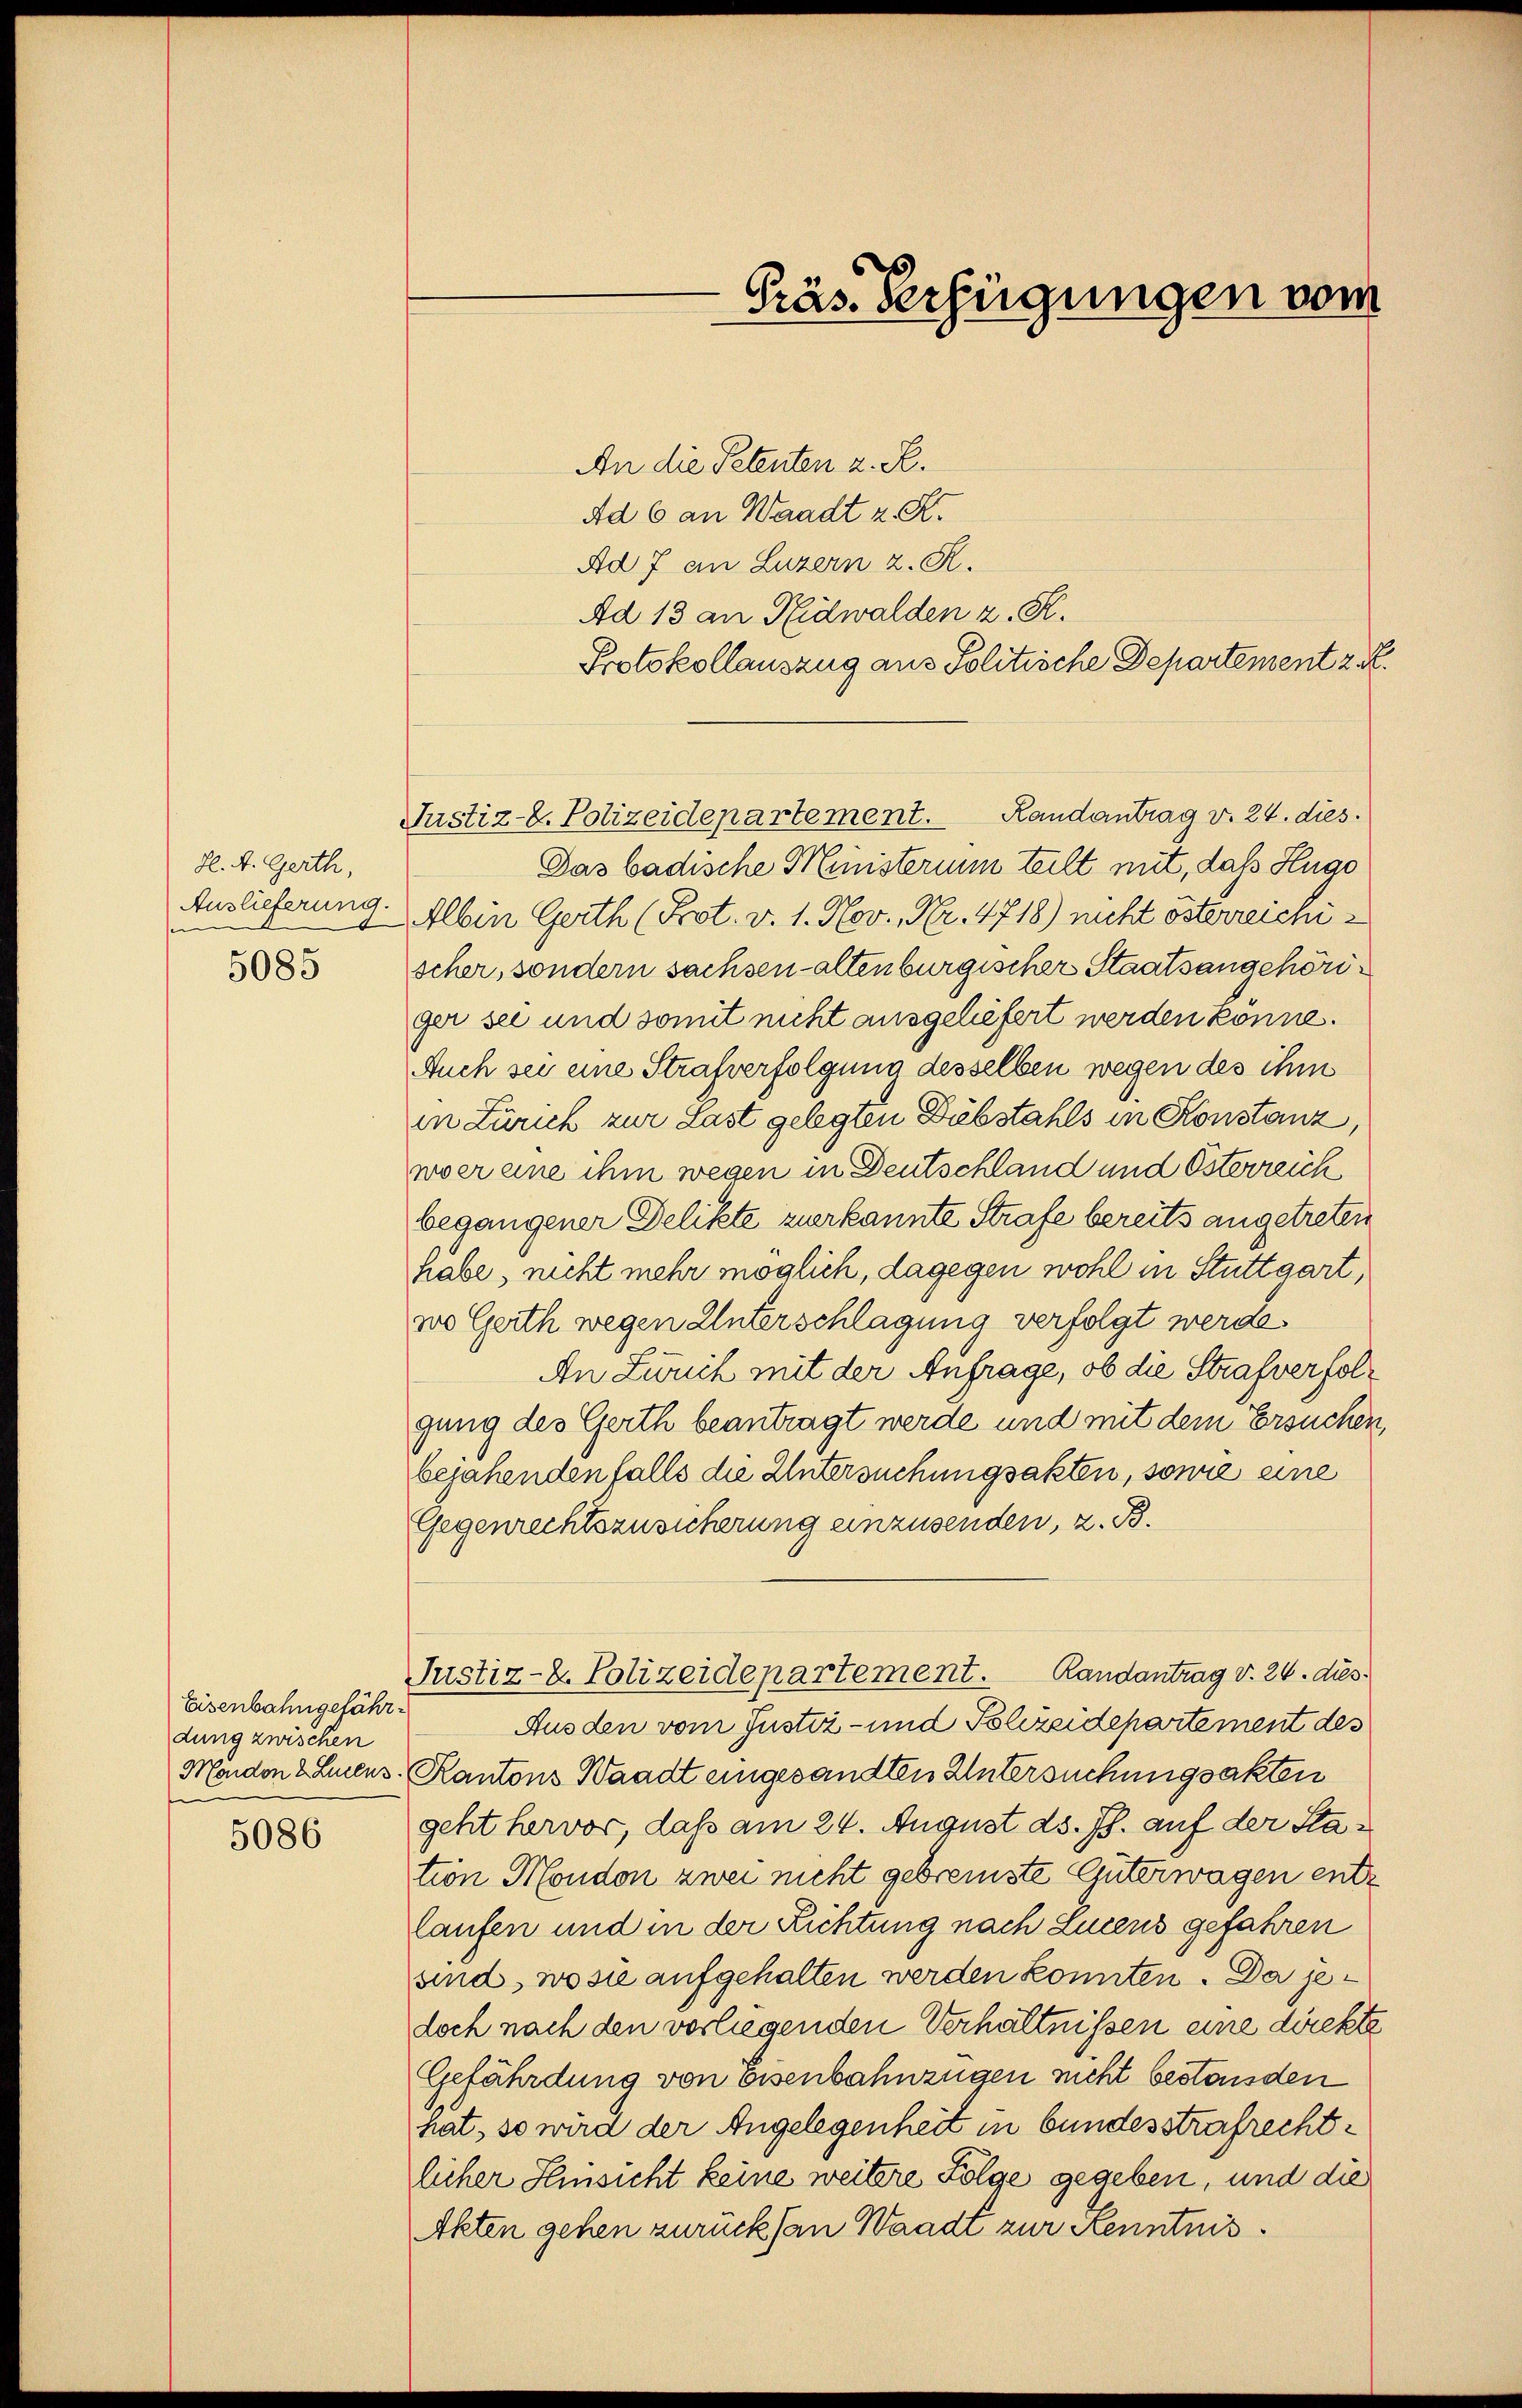
H. A. Gerth,
Auslieferung.
e
5085

Eisenbahngefährdung zwischen
u

5086

An die Petenten z. R.
Ad 6 an Waadt z. K.
Ad 7 an Luzern z. R.
Ad 13 an Nidwalden z. R.
Protokollauszug aus Politische Departement z. R.
Das badische Ministerium teilt mit, das Hugo
Albin Gerth (Prot. v. 1. Nov., Nr. 4718) nicht österreichischer, sondern sachsen altenburgischer Staatsangehöriger sei und somit nicht ausgeliefert werden könne.
Auch sei eine Strafverfolgung desselben wegen des ihm
in Zürich zur Last gelegten Diebstahls in Konstanz,
wver eine ihm wegen in Deutschland und Österreich
begangener Delikte zuerkannte Strafe bereits angetreten
habe, nicht mehr möglich, dagegen wohl in Stuttgart,
wo Gerth wegen Unterschlagung verfolgt werde.
An Zwuch mit der Anfrage, ob die Strafverfolgung des Gerth beantragt werde und mit dem Ersuchen,
bejahenden falls die Untersuchungsakten, sowie eine
Gegenrechtszusicherung einzusenden, z. B.
Justiz-Z. Polizeidepartement. Randantrag v. 24. dies
Ausden vom Justiz- und Polizeidepartement des
Mondon Ihnens, Kantons Waadt eingesandten Untersuchungsakten
geht hervor, daß am 24. August ds. Js. auf der Station Moudon zwei nicht gebremste Güterwagen entz
laufen und in der Richtung nach Lucens gefahren
and, wo sie aufgehalten werden konnten. Da jedoch nach den vorliegenden Verhältnissen eine direkte
Gefährdung von Eisenbahnzügen nicht bestanden
hat, so wird der Angelegenheit in bundesstrafrechtlicher Hinsicht keine weitere Folge gegeben, und die
Akten gehen zurück san Waadt zur Kenntnis¬

Präs. Verfügungen vom

Justiz-C. Polizeidepartement. Landantrag v. 24. dies